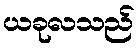
ယခုလသည်